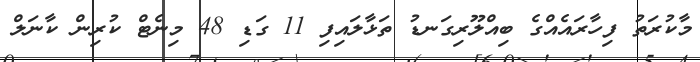
މާކުރަތު ފިހާރައެއްގެ ބިއްލޫރިގަނޑު ތަޅާލައިފި 11 ގަޑި 48 މިނެޓް ކުރިން ކާނަލް